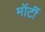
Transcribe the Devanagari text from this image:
मॉर्टी